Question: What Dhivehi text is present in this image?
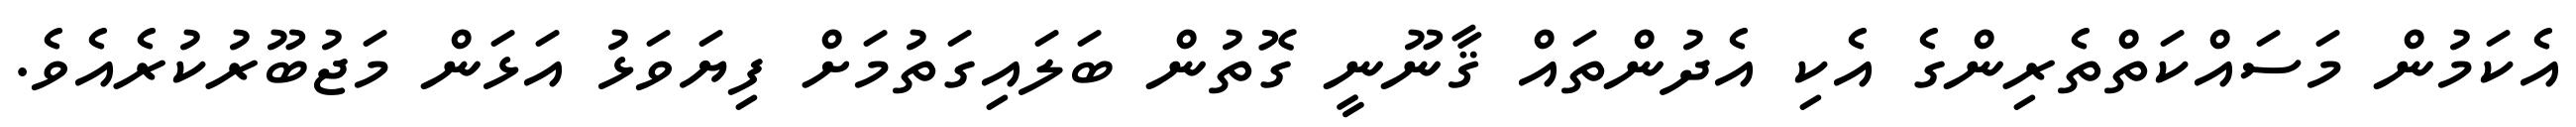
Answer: އެކަމުން މަސައްކަތްތެރިންގެ އެކި އެދުންތައް ޤާނޫނީ ގޮތުން ބަލައިގަތުމަށް ފިޔަވަޅު އަޅަން މަޖުބޫރުކުރެއެވެ.